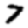
Digit: 7